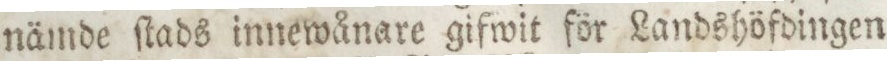
nämde ſtads innewånare gifwit för Landshöfdingen